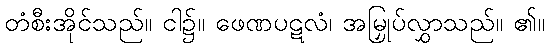
တံစီးအိုင်သည်။ ငါ၌။ ဖေဏပဋလံ၊ အမြှုပ်လွှာသည်။ ၏။